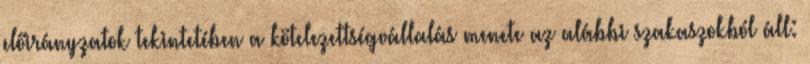
előirányzatok tekintetében a kötelezettségvállalás menete az alábbi szakaszokból áll: